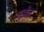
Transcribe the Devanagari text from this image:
युझैन